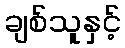
ချစ်သူနှင့်